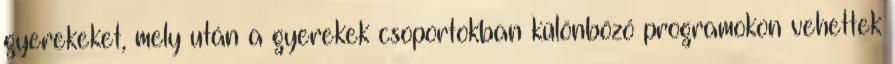
gyerekeket, mely után a gyerekek csoportokban különböző programokon vehettek